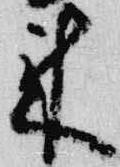
来